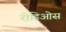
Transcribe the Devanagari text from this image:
रोडिओस